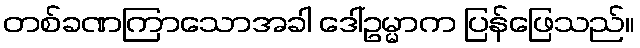
တစ်ခဏကြာသောအခါ ဒေါ်ဥမ္မာက ပြန်ဖြေသည်။